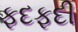
ફદફદી